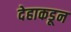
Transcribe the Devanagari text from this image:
देहाकडून